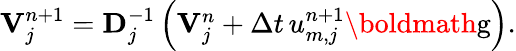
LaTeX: \begin{array}{r}{\mathbf{V}_{j}^{n+1}=\mathbf{D}_{j}^{-1}\left(\mathbf{V}_{j}^{n}+\Delta t\, u_{m,j}^{n+1}\textrm{\boldmath{g}}\right).}\end{array}